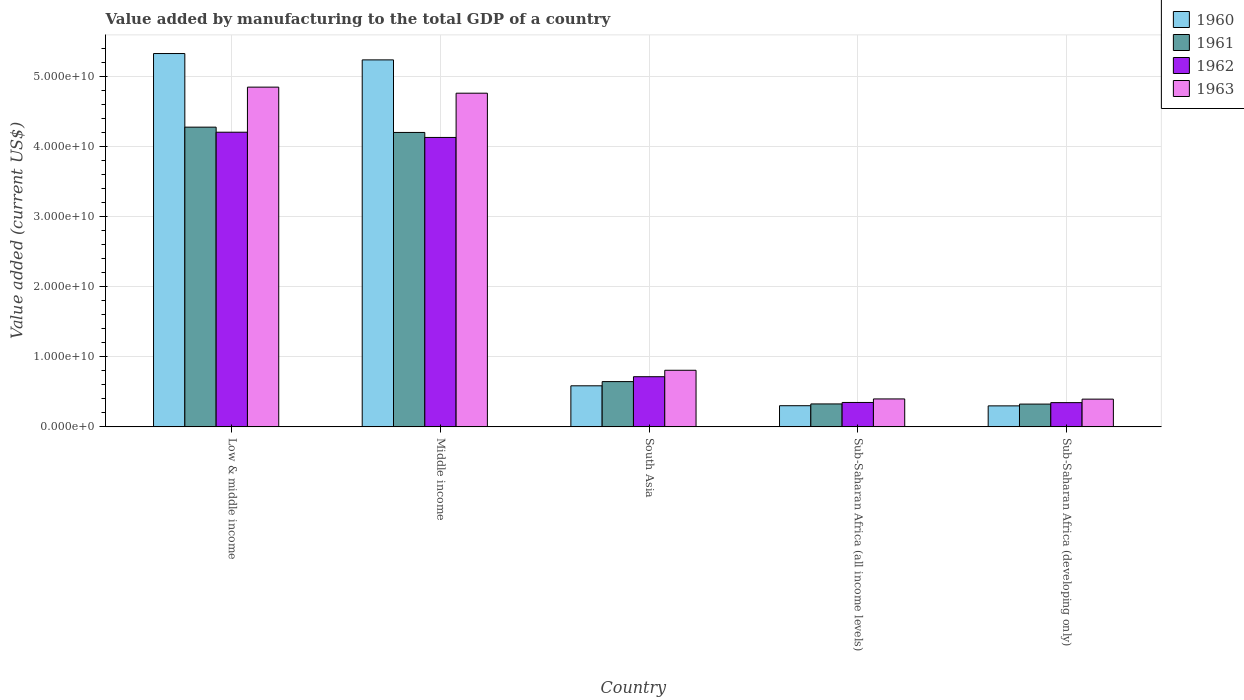
| Country | 1960 | 1961 | 1962 | 1963 |
 | --- | --- | --- | --- | --- |
 | Low & middle income | 5.32e+10 | 4.27e+10 | 4.2e+10 | 4.84e+10 |
 | Middle income | 5.23e+10 | 4.2e+10 | 4.13e+10 | 4.76e+10 |
 | South Asia | 5.86e+09 | 6.45e+09 | 7.15e+09 | 8.07e+09 |
 | Sub-Saharan Africa (all income levels) | 3.02e+09 | 3.27e+09 | 3.48e+09 | 3.98e+09 |
 | Sub-Saharan Africa (developing only) | 2.99e+09 | 3.25e+09 | 3.46e+09 | 3.95e+09 |